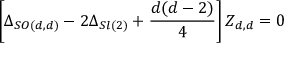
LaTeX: \left[ \Delta _ { S O ( d , d ) } - 2 \Delta _ { S l ( 2 ) } + \frac { d ( d - 2 ) } { 4 } \right] Z _ { d , d } = 0